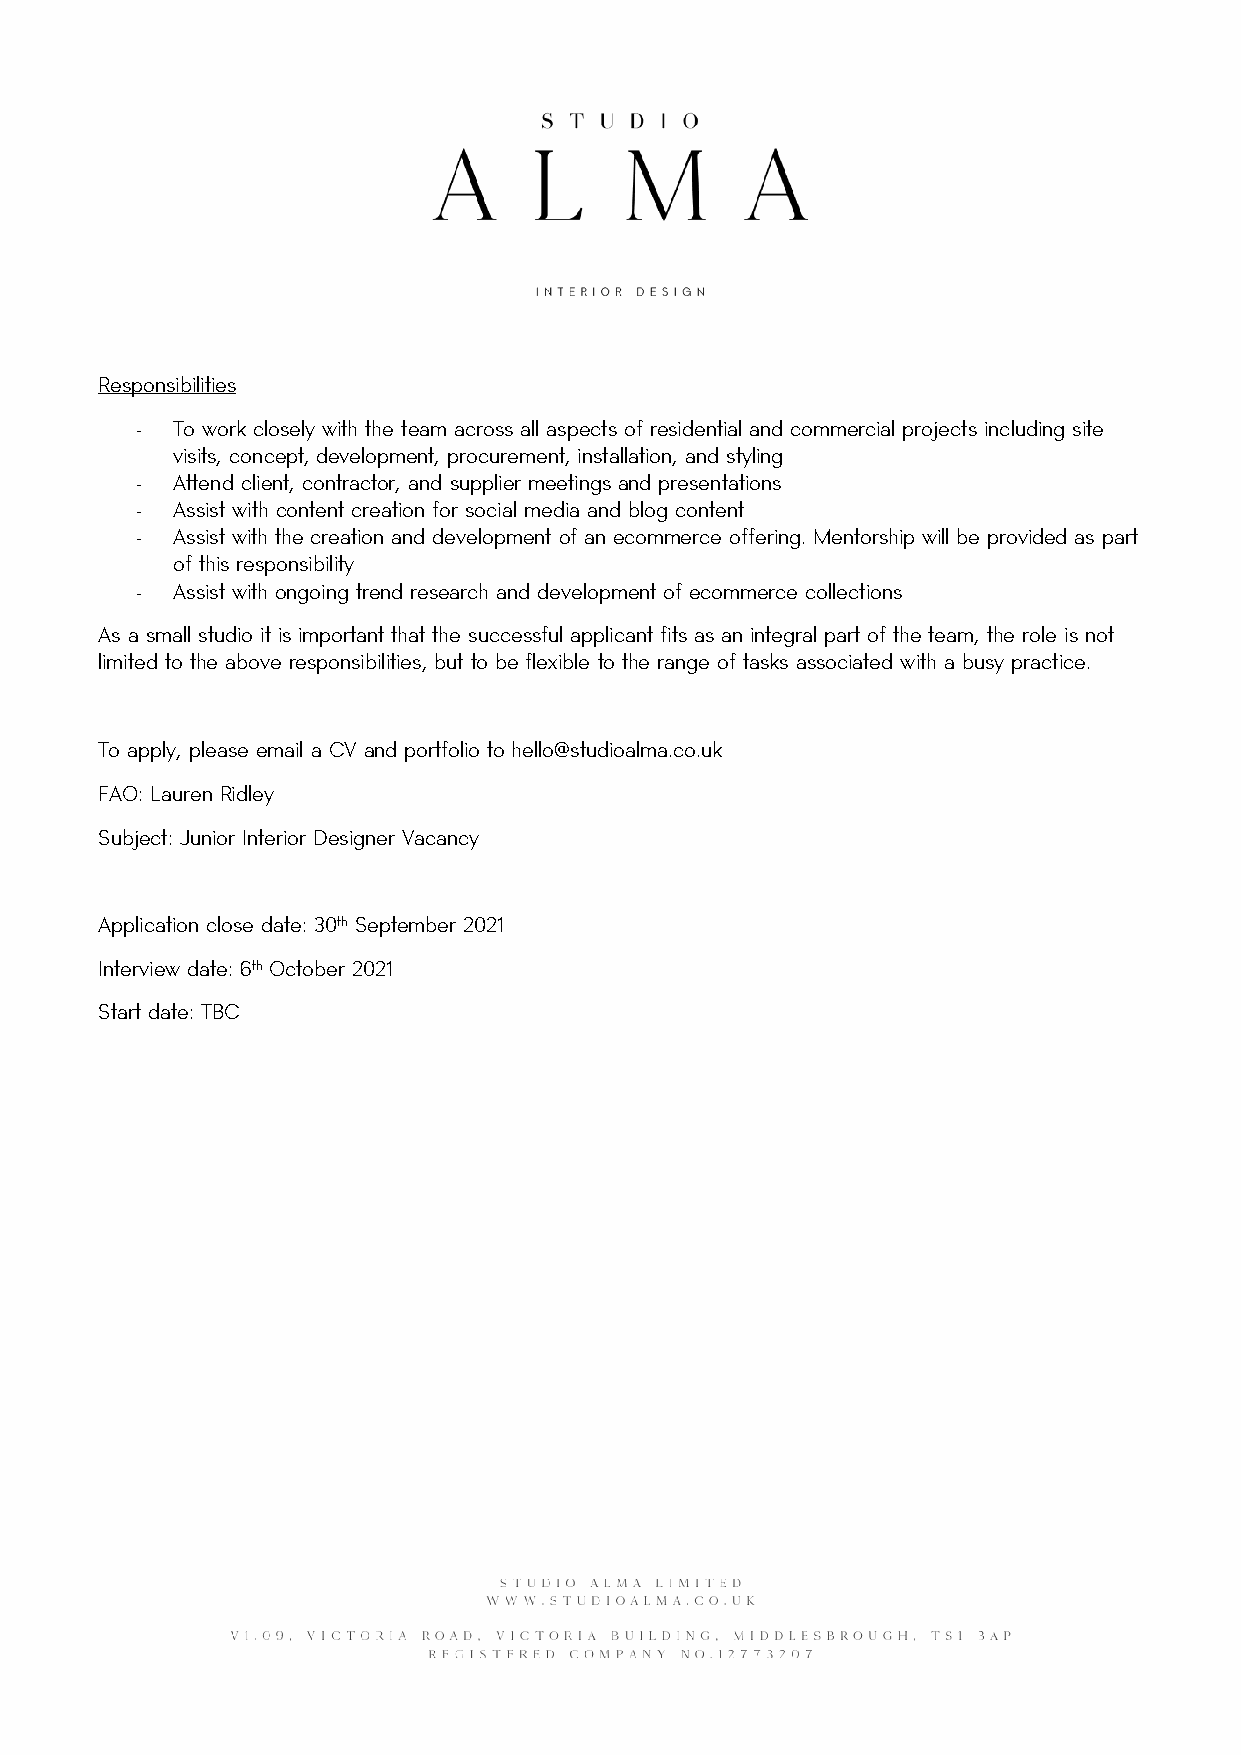
Responsibilities
 - To work closely with the team across all aspects of residential and commercial projects including site
 visits, concept, development, procurement, installation, and styling
 - Attend client, contractor, and supplier meetings and presentations
 - Assist with content creation for social media and blog content
 - Assist with the creation and development of an ecommerce offering. Mentorship will be provided as part
 of this responsibility
 - Assist with ongoing trend research and development of ecommerce collections
 As a small studio it is important that the successful applicant fits as an integral part of the team, the role is not
 limited to the above responsibilities, but to be flexible to the range of tasks associated with a busy practice.
 To apply, please email a CV and portfolio to hello@studioalma.co.uk
 FAO: Lauren Ridley
 Subject: Junior Interior Designer Vacancy
 Application close date: 30th September 2021
 Interview date: 6th October 2021
 Start date: TBC